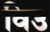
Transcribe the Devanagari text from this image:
विउ